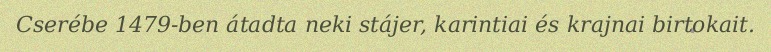
Cserébe 1479-ben átadta neki stájer, karintiai és krajnai birtokait.